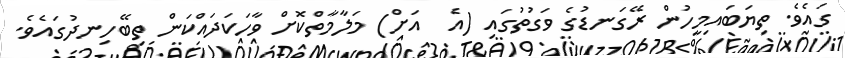
ގައެވެ. ތިޔަބައިމީހުން ރޭގަނޑުގެ ވަގުތުގައި (އެ  އަށް) މަލާމާތްކޮށް ވާހަކަދައްކަން ތިބޭހިނދުގައެވެ.